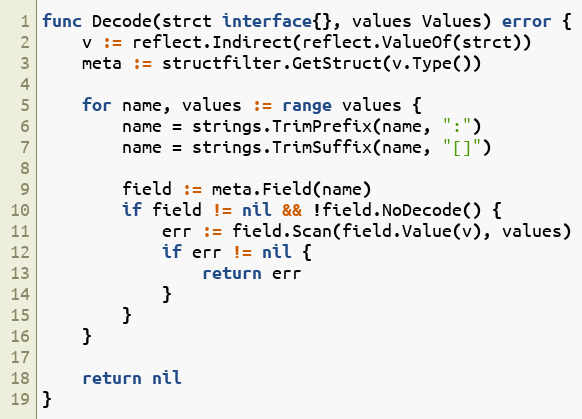
Language: Go
func Decode(strct interface{}, values Values) error {
	v := reflect.Indirect(reflect.ValueOf(strct))
	meta := structfilter.GetStruct(v.Type())

	for name, values := range values {
		name = strings.TrimPrefix(name, ":")
		name = strings.TrimSuffix(name, "[]")

		field := meta.Field(name)
		if field != nil && !field.NoDecode() {
			err := field.Scan(field.Value(v), values)
			if err != nil {
				return err
			}
		}
	}

	return nil
}